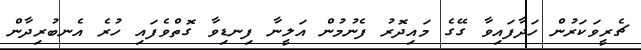
ޗެރީވަކަރުން ހަދާފައިވާ ގޭގެ މައިދޮރު ފެނުމުން އަލީނާ ފިނޑިވާ ގޮތްވެފައި ހުރެ އެނބުރިދާން